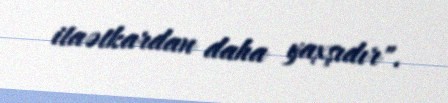
itaətkardan daha yaxşıdır".